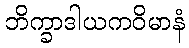
ဘိက္ခာဒါယကဝိမာနံ